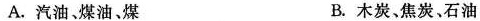
A. 汽油、煤油、煤 B. 木炭、焦炭、石油